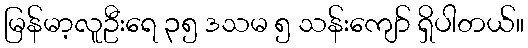
မြန်မာ့လူဦးရေ ၃၅ ဒသမ ၅ သန်းကျော် ရှိပါတယ်။